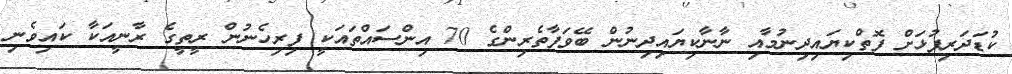
ކުޑަދަރިފުޅަށް ފޮތްކިޔައިދިނުމާއި ނާނާކިޔައިދިނުން ބޭވަފާތެރިންގެ 70 އިންސައްތައަކީ ފިރިހެނުން ރީތީގެ ރާނީއަކާ ކައިވެނި